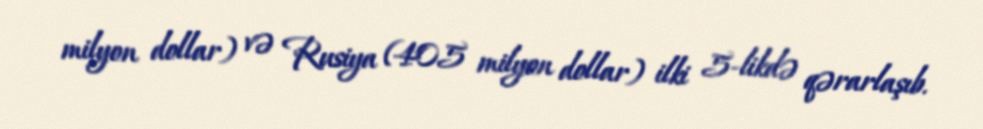
milyon dollar) və Rusiya (405 milyon dollar) ilki 5-likdə qərarlaşıb.